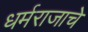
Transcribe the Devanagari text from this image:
धर्मराजाचे